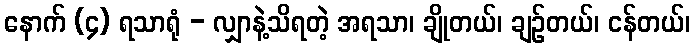
နောက် (၄) ရသာရုံ - လျှာနဲ့သိရတဲ့ အရသာ၊ ချိုတယ်၊ ချဉ်တယ်၊ ငန်တယ်၊